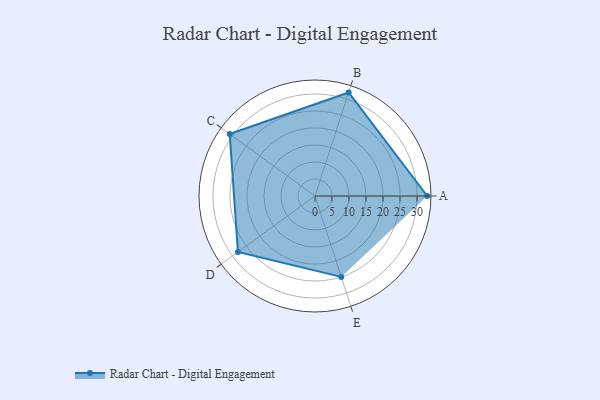
{"axis": {"x": "Skill", "y": "Score"}, "legend": ["Profile"], "data": [{"x": "A", "y": 33.0, "type": "Profile"}, {"x": "B", "y": 32.0, "type": "Profile"}, {"x": "C", "y": 31.0, "type": "Profile"}, {"x": "D", "y": 28.0, "type": "Profile"}, {"x": "E", "y": 25.0, "type": "Profile"}]}